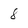
Character: 8